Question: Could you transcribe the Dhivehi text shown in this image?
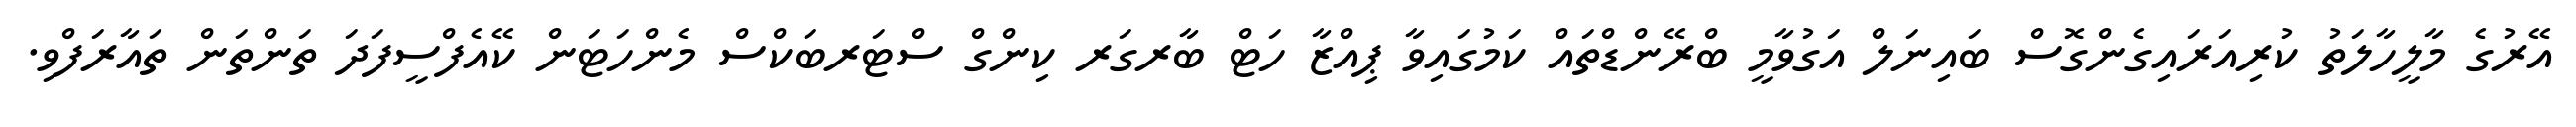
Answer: އޭރުގެ މާލީހާލަތު ކުރިއަރައިގެންގޮސް ބައިނަލް އަގުވާމީ ބްރޭންޑްތައް ކަމުގައިވާ ޕިއްޒާ ހަޓް ބާރގަރ ކިންގް ސްޓަރބަކްސް މެންހަޓަން ކޭއެފްސީފަދަ ތަންތަން ތައާރަފްވި.